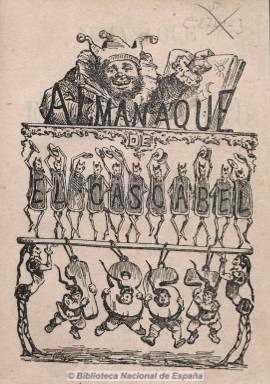
Título: Almanaque de El Cascabel
Otros títulos: Almanaque del Cascabel || Almanaque de El Cascabel y del Gran Bazar de la Unión
Colección: Almanaques
Ámbito geográfico: Madrid
Lugar de publicación: Madrid
Fechas: 01/01/1867-31/12/1878

Contiene calendario con santoral, notas astronómicas, relación de fiestas y profecías para el año, además de narraciones, poemas, romances, epigramas y letrillas, cuyos textos están acompañados de dibujos, muchos de ellos humorísticos, así como grabados, con retratos de escritores célebres y monumentos, biografías y anuncios publicitarios. Entre los autores aparecen Cecilio Navarro, Ángela Grassi, Eusebio Blasco, Rafael Serrano Alcázar, José Zorrilla, Carlos Frontaura, Manuel Ossorio y Bernard y el dibujante Ortego. Continua la serie de almanaques de 1864, 1865 y 1866 que venía publicando el periódico satírico El cascabel, y que con este título seguirá editando para el año 1867 y siguientes, por lo menos, hasta 1878, en volúmenes de un centenar de páginas cada uno.